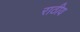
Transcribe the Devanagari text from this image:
राठीय